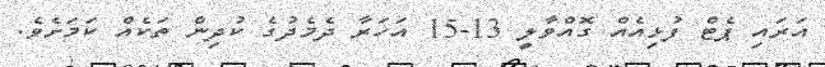
އަރައި ޕެޓް ފުޅިއެއް ގޮއްވާލީ 13-15 އަހަރާ ދެމެދުގެ ކުދިން ތަކެއް ކަމަށެވެ.